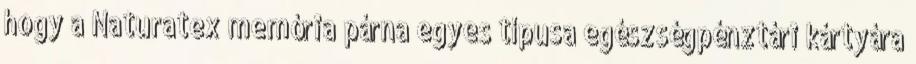
hogy a Naturatex memória párna egyes típusa egészségpénztári kártyára